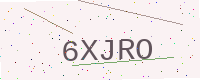
Text: 6XJRO